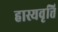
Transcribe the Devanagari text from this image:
हास्यवृत्ति